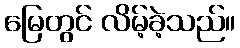
မြေတွင် လိမ့်ခဲ့သည်။